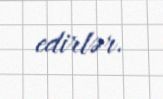
edirlər.